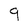
Character: 9